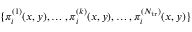
\begin{array} { r } { \{ \pi _ { i } ^ { ( 1 ) } ( x , y ) , \dots , \pi _ { i } ^ { ( k ) } ( x , y ) , \dots , \pi _ { i } ^ { ( N _ { \mathrm { t r } } ) } ( x , y ) \} } \end{array}